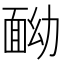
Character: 𩈏